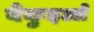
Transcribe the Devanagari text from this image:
बेकुइल्ले